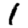
Digit: 1